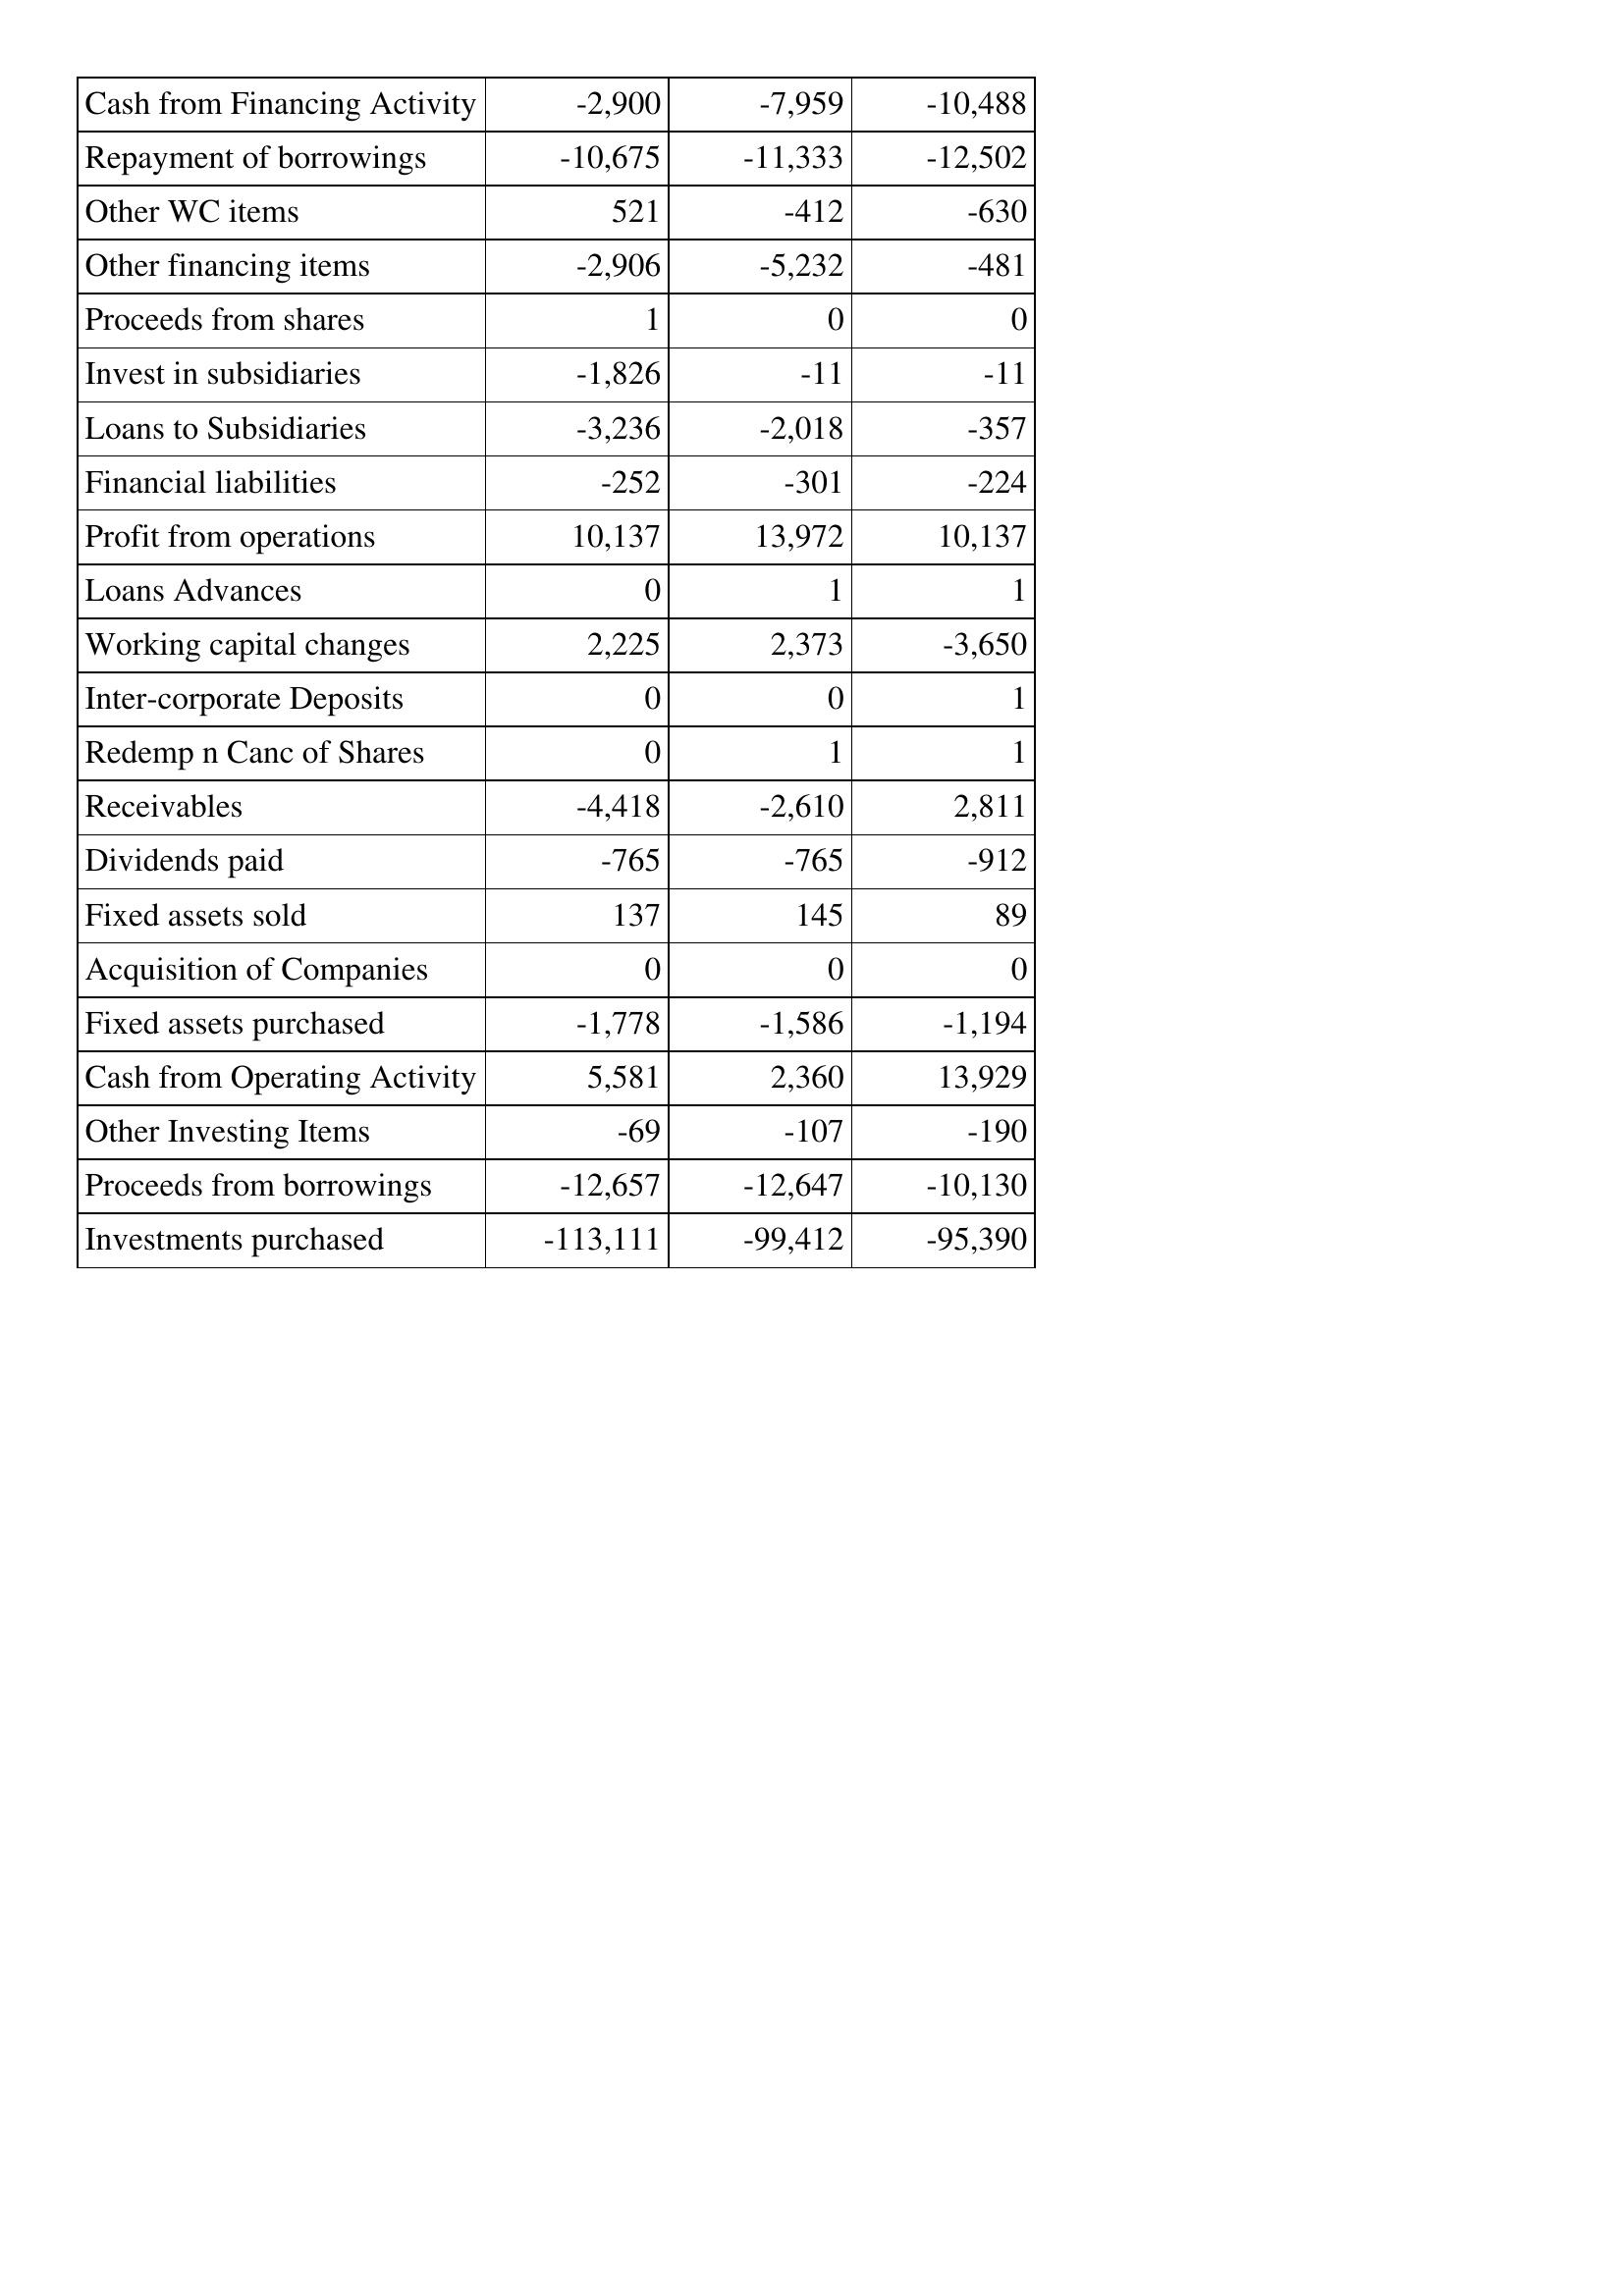
Dec-15: Cash Flows: Cash from Financing Activity: -2,900
Repayment of borrowings: -10,675
Other WC items: 521
Other financing items: -2,906
Proceeds from shares: 1
Invest in subsidiaries: -1,826
Loans to Subsidiaries: -3,236
Financial liabilities: -252
Profit from operations: 10,137
Loans Advances: 0
Working capital changes: 2,225
Inter-corporate Deposits: 0
Redemp n Canc of Shares: 0
Receivables: -4,418
Dividends paid: -765
Fixed assets sold: 137
Acquisition of Companies: 0
Fixed assets purchased: -1,778
Cash from Operating Activity: 5,581
Other Investing Items: -69
Proceeds from borrowings: -12,657
Investments purchased: -113,111
Dec-14: Cash Flows: Cash from Financing Activity: -7,959
Repayment of borrowings: -11,333
Other WC items: -412
Other financing items: -5,232
Proceeds from shares: 0
Invest in subsidiaries: -11
Loans to Subsidiaries: -2,018
Financial liabilities: -301
Profit from operations: 13,972
Loans Advances: 1
Working capital changes: 2,373
Inter-corporate Deposits: 0
Redemp n Canc of Shares: 1
Receivables: -2,610
Dividends paid: -765
Fixed assets sold: 145
Acquisition of Companies: 0
Fixed assets purchased: -1,586
Cash from Operating Activity: 2,360
Other Investing Items: -107
Proceeds from borrowings: -12,647
Investments purchased: -99,412
Dec-13: Cash Flows: Cash from Financing Activity: -10,488
Repayment of borrowings: -12,502
Other WC items: -630
Other financing items: -481
Proceeds from shares: 0
Invest in subsidiaries: -11
Loans to Subsidiaries: -357
Financial liabilities: -224
Profit from operations: 10,137
Loans Advances: 1
Working capital changes: -3,650
Inter-corporate Deposits: 1
Redemp n Canc of Shares: 1
Receivables: 2,811
Dividends paid: -912
Fixed assets sold: 89
Acquisition of Companies: 0
Fixed assets purchased: -1,194
Cash from Operating Activity: 13,929
Other Investing Items: -190
Proceeds from borrowings: -10,130
Investments purchased: -95,390